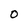
Character: 0